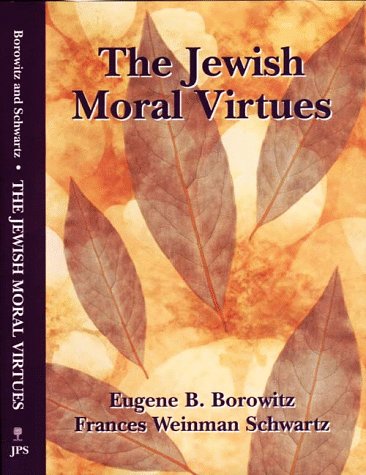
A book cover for The Jewish Moral Virtues; Eugene B. Borowitz; Religion & Spirituality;